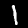
Label: 1